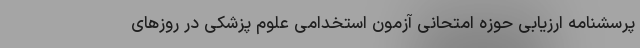
پرسشنامه ارزیابی حوزه امتحانی آزمون استخدامی علوم پزشکی در روزهای